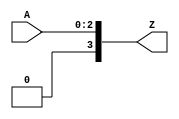
module conv(A, Z);
	input [2:0] A;
	output [3:0] Z;
	
	assign Z[0] = A[0];
	assign Z[1] = A[1];
	assign Z[2] = A[2];
	assign Z[3] = 1'b0;
endmodule